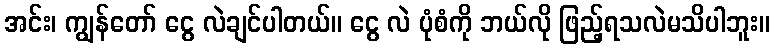
အင်း၊ ကျွန်တော် ငွေ လဲချင်ပါတယ်။ ငွေ လဲ ပုံစံကို ဘယ်လို ဖြည့်ရသလဲမသိပါဘူး။